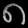
Digit: ၈